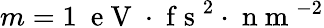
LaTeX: m=1~\mathrm{~e~V~}\cdot\mathrm{~f~s~}^{2}\cdot\mathrm{~n~m~}^{-2}